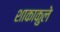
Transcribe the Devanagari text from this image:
शाकाकुले